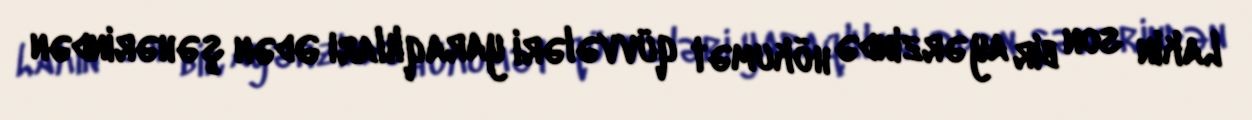
Lakin son bir ay ərzində hökumət qüvvələri yaraqlıları Ədən şəhərindən